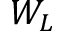
W _ { L }